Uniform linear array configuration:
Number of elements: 16
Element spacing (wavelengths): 1
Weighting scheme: hann
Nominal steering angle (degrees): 60
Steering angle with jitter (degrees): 60.62
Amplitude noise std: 0.05
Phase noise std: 0.05

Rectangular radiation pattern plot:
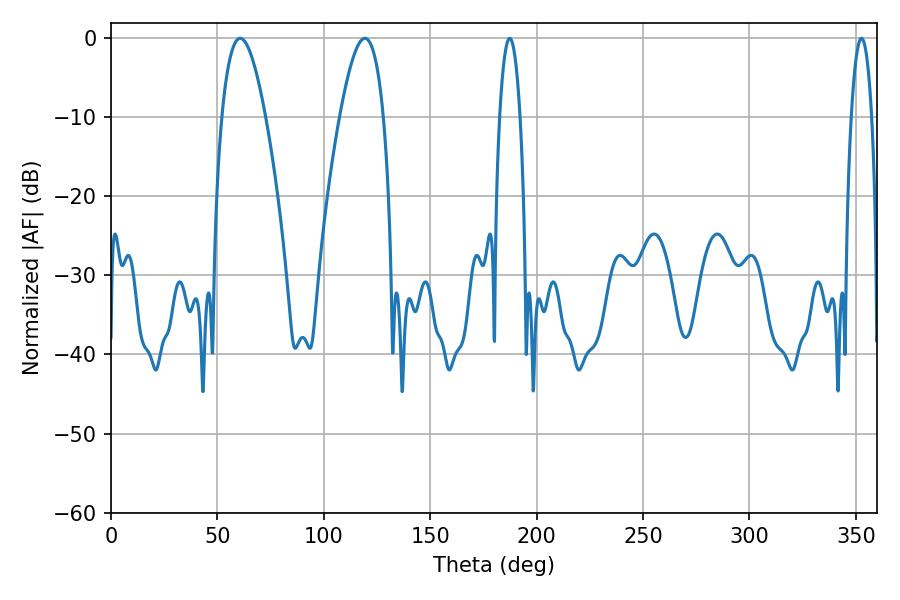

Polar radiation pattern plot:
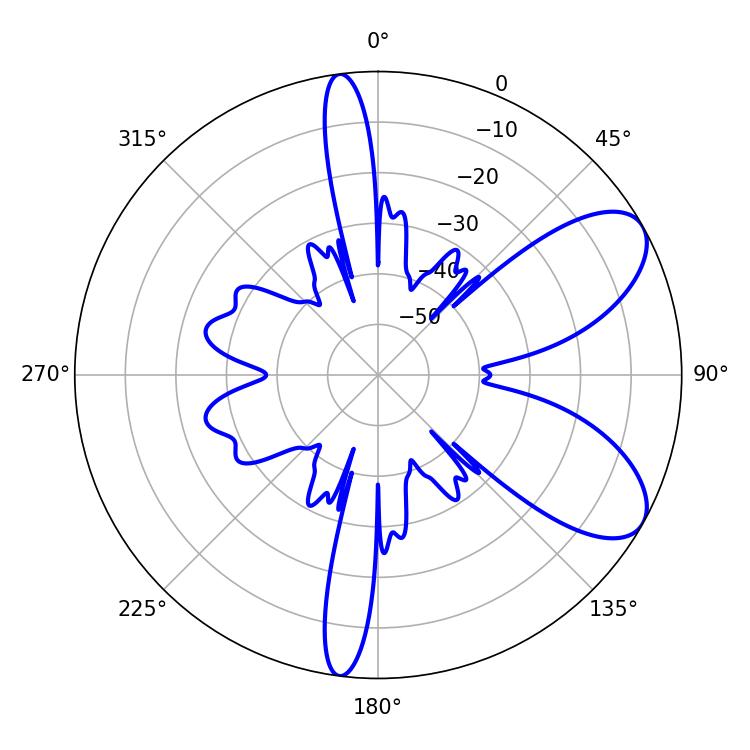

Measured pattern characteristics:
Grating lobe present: TRUE
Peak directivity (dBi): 7.668
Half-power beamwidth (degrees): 11.16
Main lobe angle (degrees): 60.66